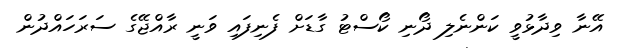
އޭނާ ވިދާޅުވީ ކަންނެލި ދޯނި ކޯސްޓު ގާޑަށް ފެނިފައި ވަނީ ރާއްޖޭގެ ސަރަހައްދުން